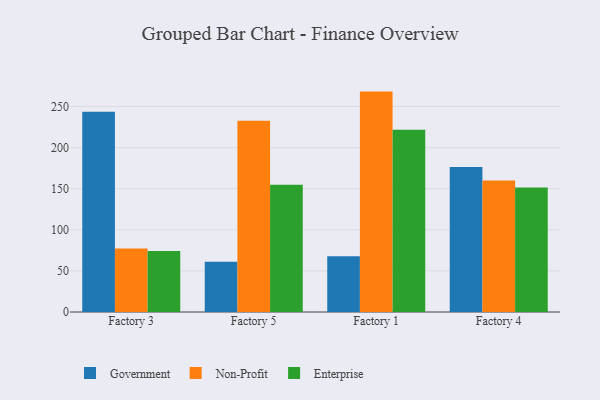
{"axis": {"x": "Factory", "y": "Active Users"}, "legend": ["Enterprise", "Government", "Non-Profit"], "data": [{"x": "Factory 3", "y": 243.7, "type": "Government"}, {"x": "Factory 3", "y": 77.1, "type": "Non-Profit"}, {"x": "Factory 3", "y": 74.1, "type": "Enterprise"}, {"x": "Factory 5", "y": 61.2, "type": "Government"}, {"x": "Factory 5", "y": 232.7, "type": "Non-Profit"}, {"x": "Factory 5", "y": 154.7, "type": "Enterprise"}, {"x": "Factory 1", "y": 67.9, "type": "Government"}, {"x": "Factory 1", "y": 268.1, "type": "Non-Profit"}, {"x": "Factory 1", "y": 221.6, "type": "Enterprise"}, {"x": "Factory 4", "y": 176.3, "type": "Government"}, {"x": "Factory 4", "y": 159.9, "type": "Non-Profit"}, {"x": "Factory 4", "y": 151.3, "type": "Enterprise"}]}